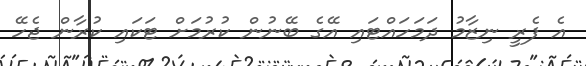
އެ ފެރީ ނިޒާމު ދަމަހައްޓައި އޭގެ ބޭނުން ކުރުމަށް ޓަކައި ކުރާން ޖެހޭ